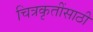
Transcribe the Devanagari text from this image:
चित्रकृतींसाठी